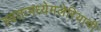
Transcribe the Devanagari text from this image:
स्वतःमध्येमलेरियाची